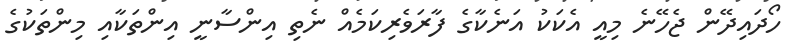
ހޯދައިދޭން ޖެހޭނެ މިއީ އެކަކު އަނެކާގެ ފާރަވެރިކަމެއް ނެތި އިންސާނީ އިންތަކާއި މިންތަކުގެ